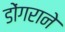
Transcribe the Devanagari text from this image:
डोंगराने